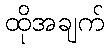
ထိုအချက်